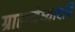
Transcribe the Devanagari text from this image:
ग्राह्ममेध्यादपि